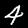
Label: 4